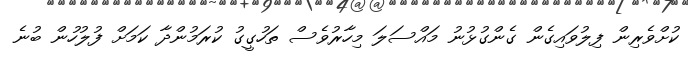
ކުށްވެރިން ފިލުވައިގެން ގެންގުޅުނު މައްސަލަ މިހާރުވެސް ތަހުގީގު ކުރަމުންދާ ކަމަށް ފުލުހުން ބުނެ